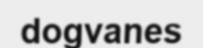
dogvanes